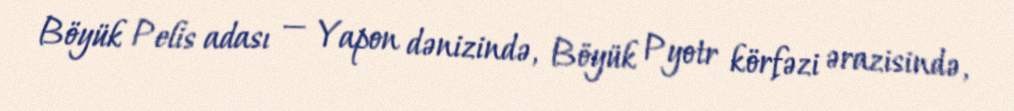
Böyük Pelis adası — Yapon dənizində, Böyük Pyotr körfəzi ərazisində,